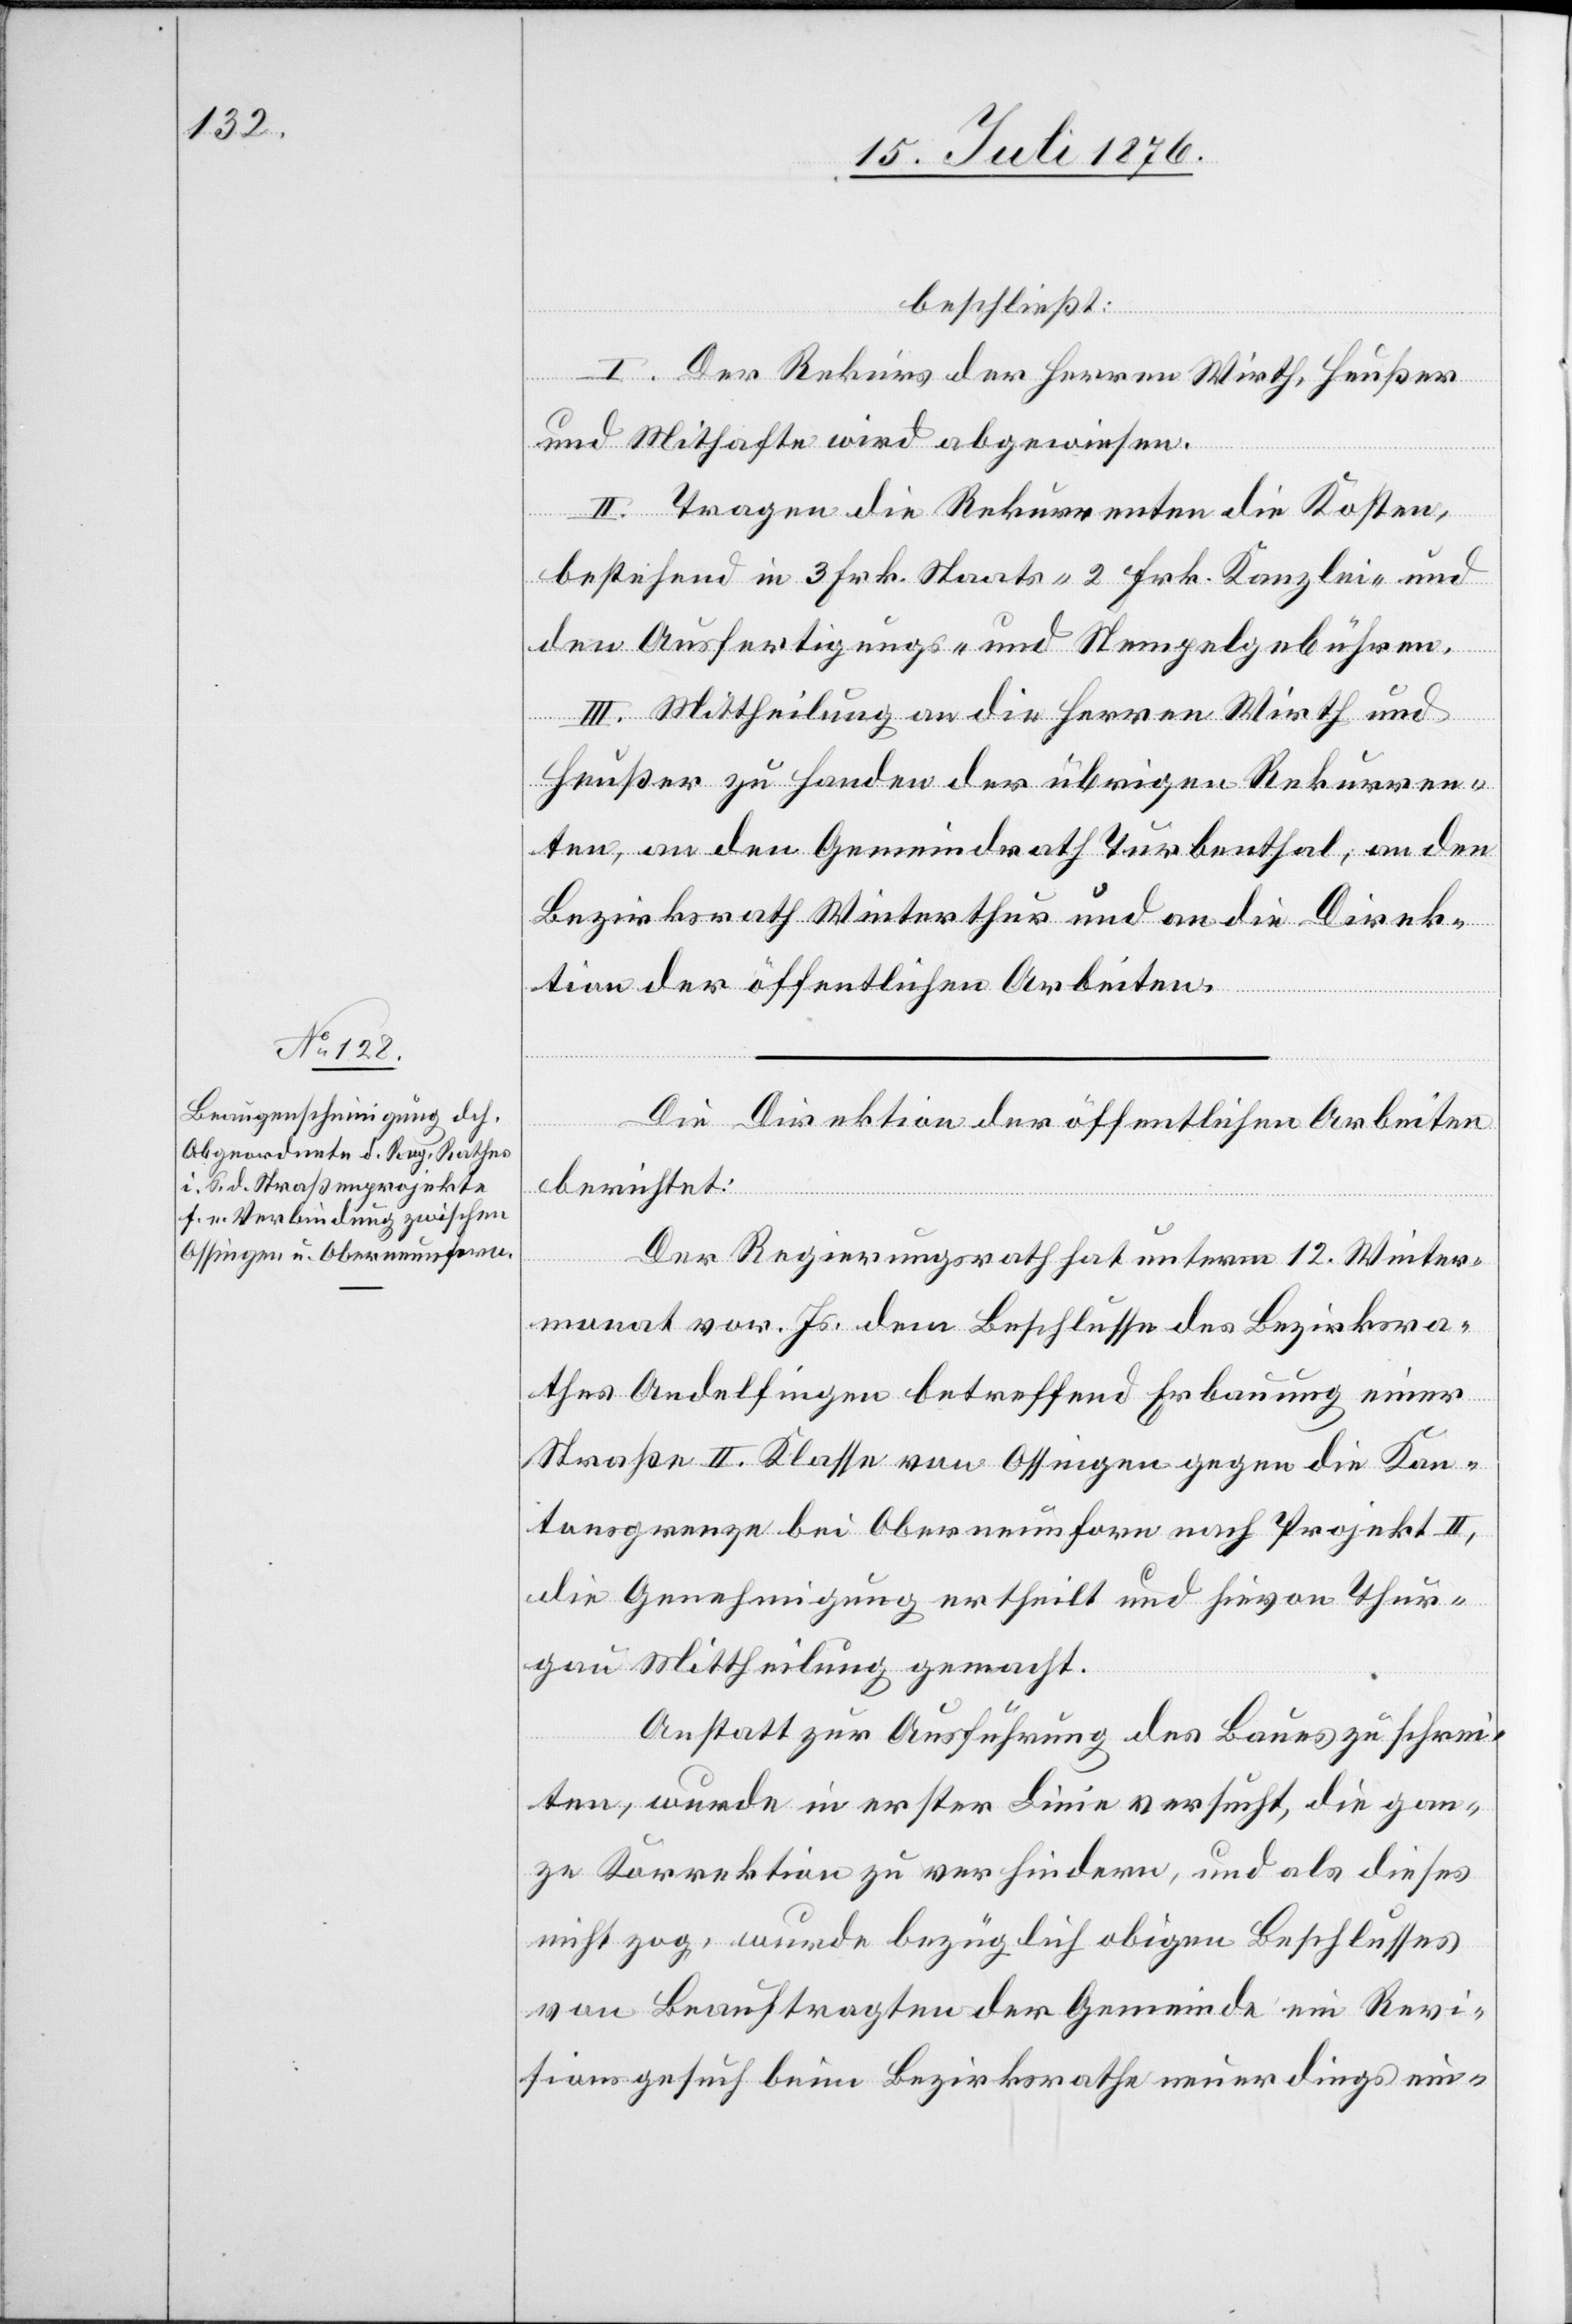
beschließt:
I. Der Rekurs der Herren Wirth, Heußer
und Mithafte wird abgewiesen.
II. Tragen die Rekurrenten die Kosten,
bestehend in 3 Frk. Staats- 2 Frk. Kanzlei- n¬
den Ausfertigungs- und Stempelgebühren.
III. Mittheilung an die Herren Wirth und
Heußer zu Handen der übrigen Rekurren¬
ten, an den Gemeindrath Turbenthal, an den
Bezirksrath Winterthur und an die Direk¬
tion der öffentlichen Arbeiten.
ebst
Die Direktion der öffentlichen Arbeiten
berichtet:
Der Regierungsrath hat unterm 12. Winter¬
monat vor. Js. dem Beschlusse des Bezirksra¬
thes Andelfingen betreffend Erbauung einer
Straße II. Klasse von Ossingen gegen die Kan¬
tonsgrenze bei Oberneunforn nach Projekt II,
die Genehmigung ertheilt und hievon Thur¬
gau Mittheilung gemacht.
Anstatt zur Ausführung des Baues zu schrei¬
ten, wurde in erster Linie versucht, die gan¬
ze Korrektion zu verhindern, und als dieses
nicht zog, wurde bezüglich obigen Beschlusses
von Beauftragen der Gemeinde ein Revi¬
sionsgesuch beim Bezirksrathe neuerdings ein-